Senior Leaving Certificate Examination (including Day School Certificate (Higher) General paper), 1950
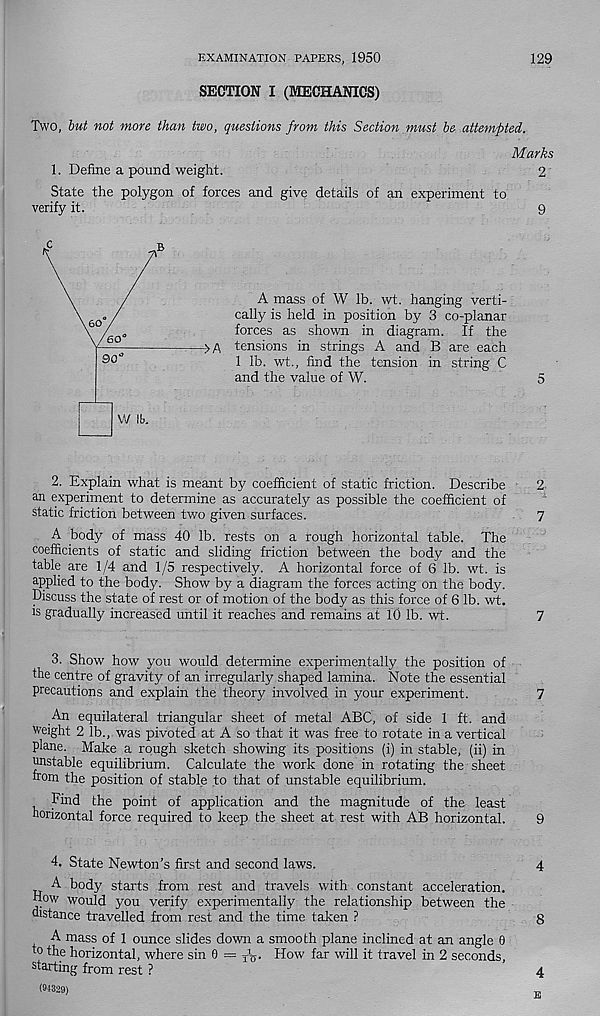
EXAMINATION PAPERS, 1950
129
SECTION I (MECHANICS)
Two, but not more than two, questions from this Section must be attempted.
Marks
1. Define a pound weight.
2
State the polygon of forces and give details of an experiment to
verify it.
9
60
60
90
vy \b.
A mass of W lb. wt. hanging verti-
cally is held in position by 3 co-planar
forces as shown in diagram. If the
tensions in strings A and B are each
1 lb. wt., find the tension in string C
and the value of W.
5
2. Explain what is meant by coefficient of static friction. Describe
2
an experiment to determine as accurately as possible the coefficient of
static friction between two given surfaces.
7
A body of mass 40 lb. rests on a rough horizontal table. The
coefficients of static and sliding friction between the body and the
table are 1/4 and 1/5 respectively. A horizontal force of 6 lb. wt. is
applied to the body. Show by a diagram the forces acting on the body.
Discuss the state of rest or of motion of the body as this force of 6 lb. wt.
is gradually increased until it reaches and remains at 10 lb. wt.
7
3. Show how you would determine experimentally the position of
the centre of gravity of an irregularly shaped lamina. Note the essential
precautions and explain the theory involved in your experiment.
7
An equilateral triangular sheet of metal ABC, of side 1 ft. and
weight 2 lb., was pivoted at A so that it was free to rotate in a vertical
plane. Make a rough sketch showing its positions (i) in stable, (ii) in
unstable equilibrium. Calculate the work done in rotating the sheet
from the position of stable to that of unstable equilibrium.
Find the point of application and the magnitude of the least
horizontal force required to keep the sheet at rest with AB horizontal.
9
4. State Newton’s first and second laws.
A body starts from rest and travels with constant acceleration.
How would you verify experimentally the relationship between the
distance travelled from rest and the time taken ?
A mass of 1 ounce slides down a smooth plane inclined at an angle 0
to the horizontal, where sin 0 — X V How far will it travel in 2 seconds,
starting from rest ?
(94329)
4
8
4
E